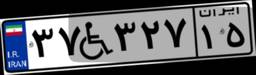
۳۷W۳۲۷۱۵